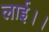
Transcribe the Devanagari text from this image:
लाई।।